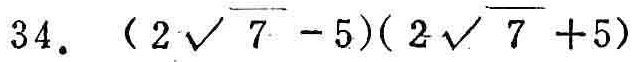
$34.\ (2\sqrt{7} - 5)(2\sqrt{7}+5)$